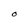
Character: O